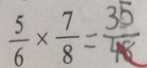
\frac { 5 } { 6 } \times \frac { 7 } { 8 } = \frac { 3 5 } { 4 8 }